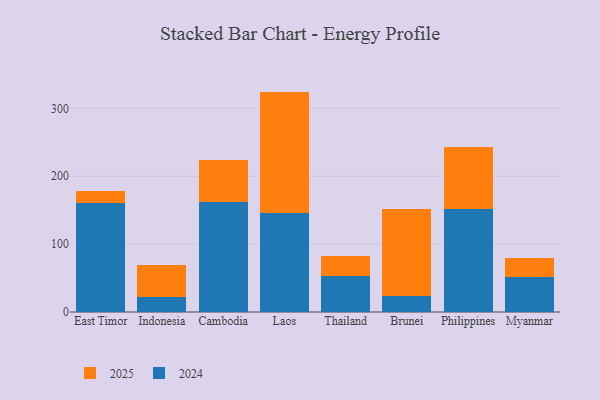
{"axis": {"x": "Country", "y": "Humidity (%)"}, "legend": ["2024", "2025"], "data": [{"x": "East Timor", "y": 160.5, "type": "2024"}, {"x": "East Timor", "y": 17.6, "type": "2025"}, {"x": "Indonesia", "y": 22.2, "type": "2024"}, {"x": "Indonesia", "y": 46.5, "type": "2025"}, {"x": "Cambodia", "y": 162.7, "type": "2024"}, {"x": "Cambodia", "y": 60.9, "type": "2025"}, {"x": "Laos", "y": 146.0, "type": "2024"}, {"x": "Laos", "y": 178.8, "type": "2025"}, {"x": "Thailand", "y": 52.9, "type": "2024"}, {"x": "Thailand", "y": 29.6, "type": "2025"}, {"x": "Brunei", "y": 23.4, "type": "2024"}, {"x": "Brunei", "y": 128.2, "type": "2025"}, {"x": "Philippines", "y": 151.8, "type": "2024"}, {"x": "Philippines", "y": 91.8, "type": "2025"}, {"x": "Myanmar", "y": 51.9, "type": "2024"}, {"x": "Myanmar", "y": 28.1, "type": "2025"}]}